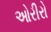
ઓરીરો